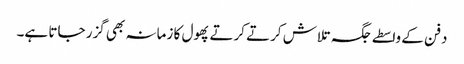
دفن کے واسطے جگہ تلاش کرتے کرتے پھول کا زمانہ بھی گزر جاتا ہے۔